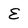
Character: E